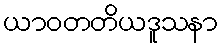
ယာဝတတိယဒူသနာ